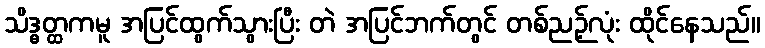
သိဒ္ဓတ္ထကမူ အပြင်ထွက်သွားပြီး တဲ အပြင်ဘက်တွင် တစ်ညဉ့်လုံး ထိုင်နေသည်။